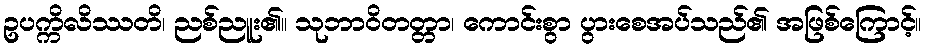
ဥပက္ကိလိဿတိ၊ ညစ်ညူး၏။ သုဘာဝိတတ္တာ၊ ကောင်းစွာ ပွားစေအပ်သည်၏ အဖြစ်ကြောင့်။